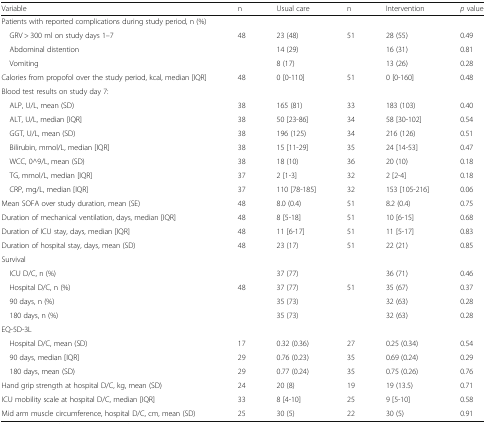
<table><thead><tr><td><b>Variable</b></td><td><b>n</b></td><td><b>Usual care</b></td><td><b>n</b></td><td><b>Intervention</b></td><td><b><i>p</i> value</b></td></tr></thead><tbody><tr><td colspan="6">Patients with reported complications during study period, n (%)</td></tr><tr><td> GRV &gt; 300 ml on study days 1–7</td><td>48</td><td>23 (48)</td><td>51</td><td>28 (55)</td><td>0.49</td></tr><tr><td> Abdominal distention</td><td></td><td>14 (29)</td><td></td><td>16 (31)</td><td>0.81</td></tr><tr><td> Vomiting</td><td></td><td>8 (17)</td><td></td><td>13 (26)</td><td>0.28</td></tr><tr><td>Calories from propofol over the study period, kcal, median [IQR]</td><td>48</td><td>0 [0-110]</td><td>51</td><td>0 [0-160]</td><td>0.48</td></tr><tr><td colspan="6">Blood test results on study day 7:</td></tr><tr><td> ALP, U/L, mean (SD)</td><td>38</td><td>165 (81)</td><td>33</td><td>183 (103)</td><td>0.40</td></tr><tr><td> ALT, U/L, median [IQR]</td><td>38</td><td>50 [23-86]</td><td>34</td><td>58 [30-102]</td><td>0.54</td></tr><tr><td> GGT, U/L, mean (SD)</td><td>38</td><td>196 (125)</td><td>34</td><td>216 (126)</td><td>0.51</td></tr><tr><td> Bilirubin, mmol/L, median [IQR]</td><td>38</td><td>15 [11-29]</td><td>35</td><td>24 [14-53]</td><td>0.47</td></tr><tr><td> WCC, 0^9/L, mean (SD)</td><td>38</td><td>18 (10)</td><td>36</td><td>20 (10)</td><td>0.18</td></tr><tr><td> TG, mmol/L, median [IQR]</td><td>37</td><td>2 [1-3]</td><td>32</td><td>2 [2-4]</td><td>0.18</td></tr><tr><td> CRP, mg/L, median [IQR]</td><td>37</td><td>110 [78-185]</td><td>32</td><td>153 [105-216]</td><td>0.06</td></tr><tr><td>Mean SOFA over study duration, mean (SE)</td><td>48</td><td>8.0 (0.4)</td><td>51</td><td>8.2 (0.4)</td><td>0.75</td></tr><tr><td>Duration of mechanical ventilation, days, median [IQR]</td><td>48</td><td>8 [5-18]</td><td>51</td><td>10 [6-15]</td><td>0.68</td></tr><tr><td>Duration of ICU stay, days, median [IQR]</td><td>48</td><td>11 [6-17]</td><td>51</td><td>11 [5-17]</td><td>0.83</td></tr><tr><td>Duration of hospital stay, days, mean (SD)</td><td>48</td><td>23 (17)</td><td>51</td><td>22 (21)</td><td>0.85</td></tr><tr><td colspan="6">Survival</td></tr><tr><td> ICU D/C, n (%)</td><td></td><td>37 (77)</td><td></td><td>36 (71)</td><td>0.46</td></tr><tr><td> Hospital D/C, n (%)</td><td>48</td><td>37 (77)</td><td>51</td><td>35 (67)</td><td>0.37</td></tr><tr><td> 90 days, n (%)</td><td></td><td>35 (73)</td><td></td><td>32 (63)</td><td>0.28</td></tr><tr><td> 180 days, n (%)</td><td></td><td>35 (73)</td><td></td><td>32 (63)</td><td>0.28</td></tr><tr><td colspan="6">EQ-5D-3L</td></tr><tr><td> Hospital D/C, mean (SD)</td><td>17</td><td>0.32 (0.36)</td><td>27</td><td>0.25 (0.34)</td><td>0.54</td></tr><tr><td> 90 days, median [IQR]</td><td>29</td><td>0.76 (0.23)</td><td>35</td><td>0.69 (0.24)</td><td>0.29</td></tr><tr><td> 180 days, mean (SD)</td><td>29</td><td>0.77 (0.24)</td><td>35</td><td>0.75 (0.26)</td><td>0.76</td></tr><tr><td>Hand grip strength at hospital D/C, kg, mean (SD)</td><td>24</td><td>20 (8)</td><td>19</td><td>19 (13.5)</td><td>0.71</td></tr><tr><td>ICU mobility scale at hospital D/C, median [IQR]</td><td>33</td><td>8 [4-10]</td><td>25</td><td>9 [5-10]</td><td>0.58</td></tr><tr><td>Mid arm muscle circumference, hospital D/C, cm, mean (SD)</td><td>25</td><td>30 (5)</td><td>22</td><td>30 (5)</td><td>0.91</td></tr></tbody></table>